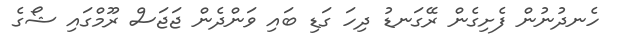
ހެނދުނުން ފެށިގެން ރޭގަނޑު ދިހަ ގަޑި ބައި ވަންދެން ޖަޖަސް ރޫމްގައި ޝޯގެ